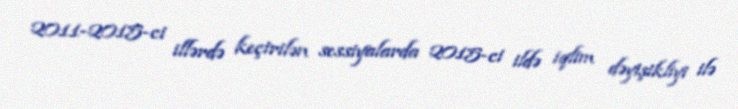
2011-2015-ci illərdə keçirilən sessiyalarda 2015-ci ildə iqlim dəyişikliyi ilə